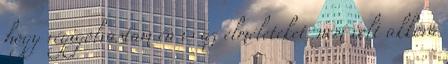
hogy végigolvastam én is az elméleteket, nem volt akkora